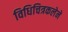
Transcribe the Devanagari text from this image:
विधिचित्रकलेने